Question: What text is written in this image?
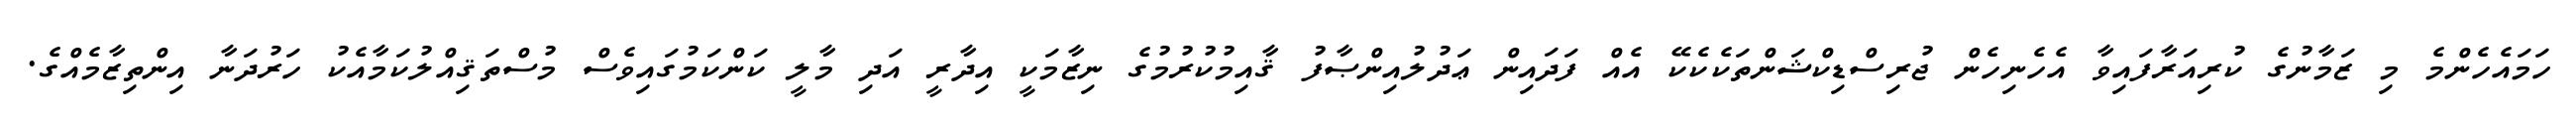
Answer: ހަމައެހެންމެ މި ޒަމާނުގެ ކުރިއަރާފައިވާ އެހެނިހެން ޖުރިސްޑިކްޝަންތަކެކެކޭ އެއް ފަދައިން ޢަދުލުއިންޞާފު ޤާއިމުކުރުމުގެ ނިޒާމަކީ އިދާރީ އަދި މާލީ ކަންކަމުގައިވެސް މުސްތަޤިއްލުކަމާއެކު ހަރުދަނާ އިންތިޒާމެއްގެ.